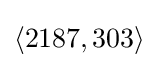
\langle 2187,303\rangle